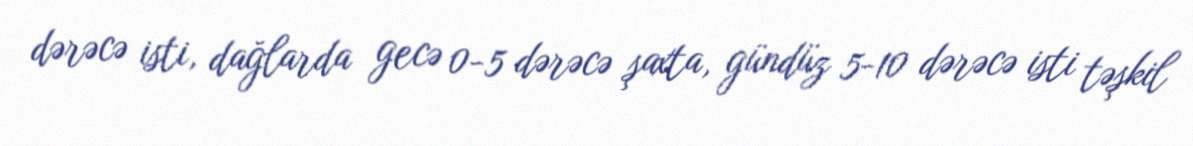
dərəcə isti, dağlarda gecə 0-5 dərəcə şaxta, gündüz 5-10 dərəcə isti təşkil